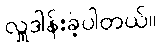
လှူဒါန်းခဲ့ပါတယ်။